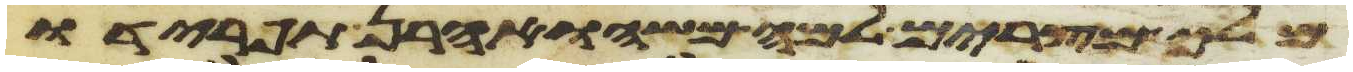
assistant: מלך מצרים למה משה ואהרן תפרידו